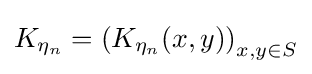
K_{\eta _{n}}=\left(K_{\eta _{n}}(x,y)\right)_{x,y\in S}